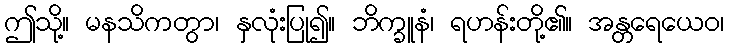
ဤသို့။ မနသိကတွာ၊ နှလုံးပြု၍။ ဘိက္ခူနံ၊ ရဟန်းတို့၏။ အန္တရေယေဝ၊